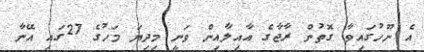
އެ ނޫހުގައިވާ ގޮތުން ރާާޖާގެ އާއިލާއިން ވަނީ މިދިޔަ މަހުގެ 27ގައި އޭނާ